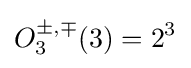
O_{3}^{\pm ,\mp }(3)=2^{3}